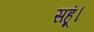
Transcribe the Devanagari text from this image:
सहूं।